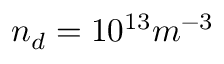
n _ { d } = 1 0 ^ { 1 3 } m ^ { - 3 }